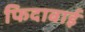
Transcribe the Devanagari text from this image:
फिदाबाई